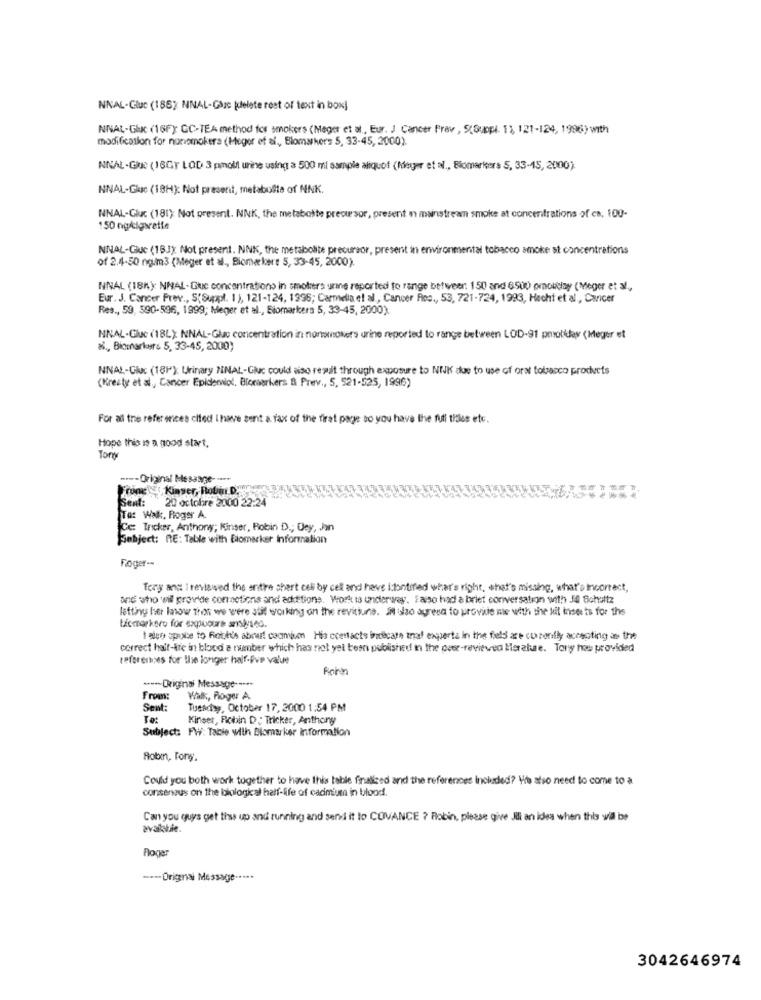
NNAL-Gluc (185) NNAL-Gaze [delete rest of text in box]
NNAL-Gluc (16F) GC-TEA method for smokers (Meger et al ., Eur. J Cancer Prav , S(Suppl. 11, 121-124, 1996) with
modification for nonsmokers (Heger ef al ,, Blomakers 5, 33-45, 2000).
NNAL-GIUe (18GY LOD 3 pmoll urine using a 500 ml sample aliquof (Meyer et al ., Biomarkers S, 33-15, 2000).
NNAL-Gue (18H): Not present, metabolite of NNK.
NNAL-Gluc (181): Not present. NNK, the metabolite precursor, present in mainstream smoke at concentrations of ca. 100-
150 ng/cigarette
NNAL-Gluc (1BJ); Not present. NNK, the metabolite precursor, present in environmental tobacco smoke st concentrations
of 2.4-50 ng/m3 (Meger et al ., Biomærker: 5, 33-45, 2000)
NNAL (18): NNAL-Guc concentrations in smolders urine reported to range betweer: 150 and 6900 omoltiay (Meger et al .,
Eur. J. Cancer Frev ., S(Suppl. 1), 121-124, 1996; Carmella et al ., Cancer Rios ., 53, 721-724, 1993, Hecht et al ., Cancer
Res ., 50, 590-596, 1999; Meger et al ., Elomaricers 5, 33-45, 2000).
HNAL-Gluc (18L): NNAL-Glc concentration in nonmowers urine reported to range between LOD-91 pmolidas (Meger et
a ., Biomarkers 5, 33-45, 2000)
NNAL-Gluc (181); Urinary NINAL-Gluc could also result through exposure to NIK due to use of oral tobacco products
(Kreaty et al, Cancer Epidemiol, Biomarkers & Prev ., 5, 521-525, 1996)
For all the refer ences cited Ihave sent a fax of the first page so you have the full tidles etc.
Hope this is a good start,
Torn
--- Original MEsange-
Trone , Kinser, Robin D.
20 octobre 2000 22:24
To: Wak, Roger A.
Ce: Tricker, Anthony; Kinser, Robin D .; Dey, Jon
Fobject: RE: Table with Blomacker Information
Roger --
Tery and I reviewed the entire chert celi by cell and have i:tontined what's right, what's missing, what's Incorrect,
and who wil provide commetions and ackttions. Work is underway. Falso had a brief conversation with J4 Schultz
lifting her know that we were stil working on the revittune. it also agreed to provide me with the hit inser ts for the
ticmorkero for expoois anslyseo.
I wien spoke to hothis about camion His contacts bocage tral experta in the field are currently accepting as the
correct half-fre in blood a number which has not yet been published in the peer-reviewed Ierature. Tory hos provided
references for the longer half-Five value
----- Original Message --- +-
From:
Walk, Roger A
Sent:
Tuesday, October 17, 2000 1:54 PM
To:
Kinder, Robin D : Tricker, Anthony
Subject: FW: Table with Biomarker information
Robin, Fong.
Could you both work together to have this table finalized and the references Included? He also need to come to a
consensus on the biological half-life of cadmium in blood.
Can you guys get the up and running and send it to COVANCE ? Robin, please give Jl an idea when this will be
avalable.
Roger
---- Original Message -....
3042646974